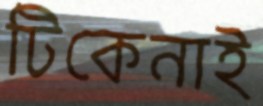
টিকেনাই